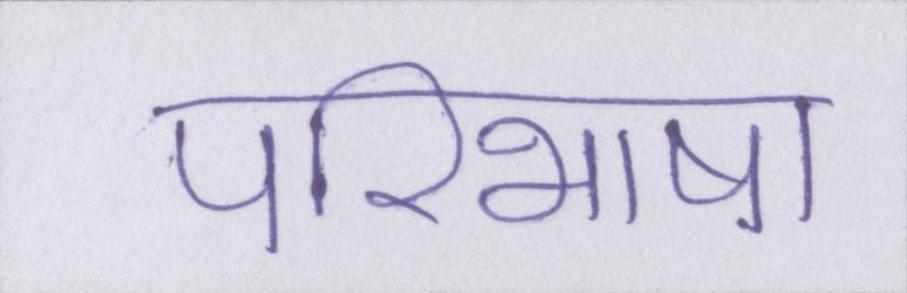
परिभाषा